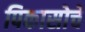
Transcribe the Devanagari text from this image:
पिकासोचे